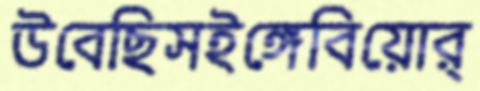
উবেছিসইঙ্গেবিয়োর্